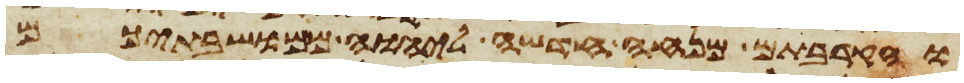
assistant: והקרבתם מנחה חדשה ליהוה ממושבתיכם